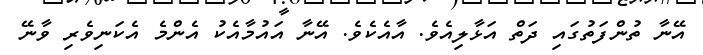
އޭނާ ތުންފަތުގައި ދަތް އަޅާލިއެވެ. އާއެކެވެ. އޭނާ އައުމާއެކު އެންމެ އެކަނިވެރި ވާނޭ